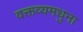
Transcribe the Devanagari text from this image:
वक्तव्यमधुना